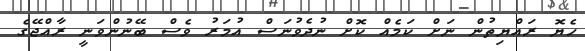
ހެޔޮ ރައްޔިތުން ނަށް ކަމެއް ކޮށް ނުދެވުނަސް އުމަރު ވެސް ބޭނުންވަނީ ރާއްޖޭގެ